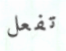
تفعل